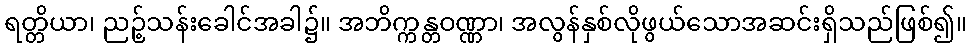
ရတ္တိယာ၊ ညဉ့်သန်းခေါင်အခါ၌။ အဘိက္ကန္တဝဏ္ဏာ၊ အလွန်နှစ်လိုဖွယ်သောအဆင်းရှိသည်ဖြစ်၍။